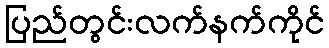
ပြည်တွင်းလက်နက်ကိုင်